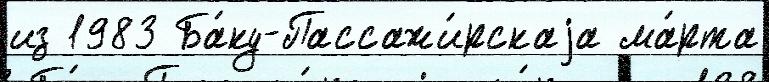
из 1983 Ба́ку-Пассажи́рскаjа ма́рта